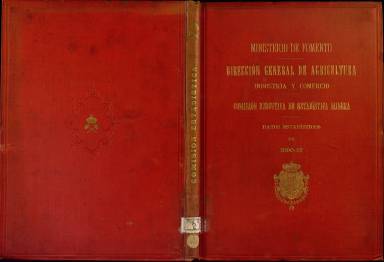
Título: Datos estadísticos correspondientes al año económico de ...
Colección: Industria || Anuarios e informes
Ámbito geográfico: Madrid
Lugar de publicación: Madrid
Fechas: 01/01/1890-31/12/1891